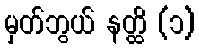
မှတ်ဘွယ် နတ္ထိ (၁)